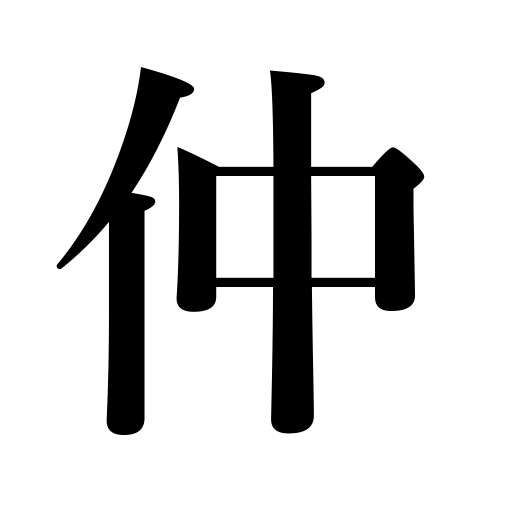
Meanings: relation,relationship